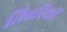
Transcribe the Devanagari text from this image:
तिबरियों